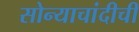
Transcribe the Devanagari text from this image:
सोन्याचांदीची